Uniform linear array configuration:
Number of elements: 64
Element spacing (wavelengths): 0.25
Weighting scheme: uniform
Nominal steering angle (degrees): -15
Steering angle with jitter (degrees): -16.156
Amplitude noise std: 0.05
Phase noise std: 0.05

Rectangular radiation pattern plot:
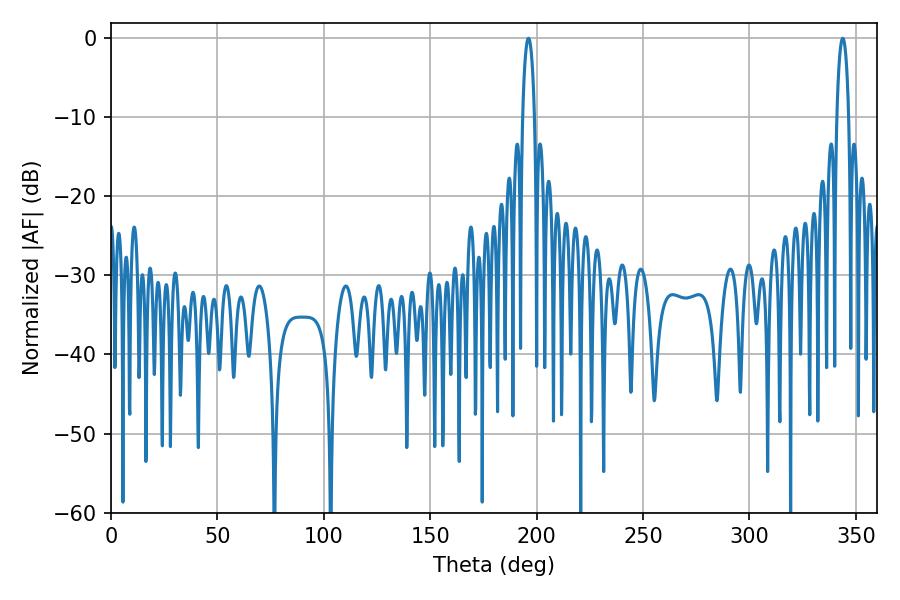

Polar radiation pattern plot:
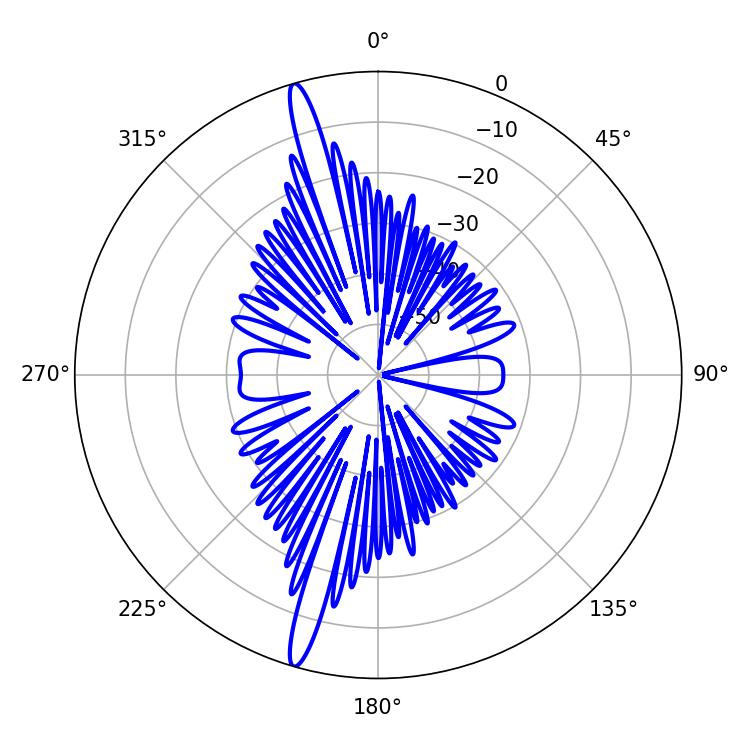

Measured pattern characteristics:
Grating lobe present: FALSE
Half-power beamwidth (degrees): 3.24
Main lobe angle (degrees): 343.8